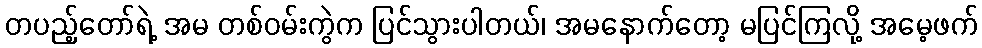
တပည့်တော်ရဲ့ အမ တစ်ဝမ်းကွဲက ပြင်သွားပါတယ်၊ အမနောက်တော့ မပြင်ကြလို့ အမေ့ဖက်